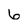
Character: 6